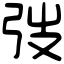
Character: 弢